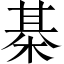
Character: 棊